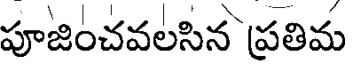
పూజించవలసిన ప్రతిమ